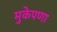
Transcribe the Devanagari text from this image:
मुकेपणा